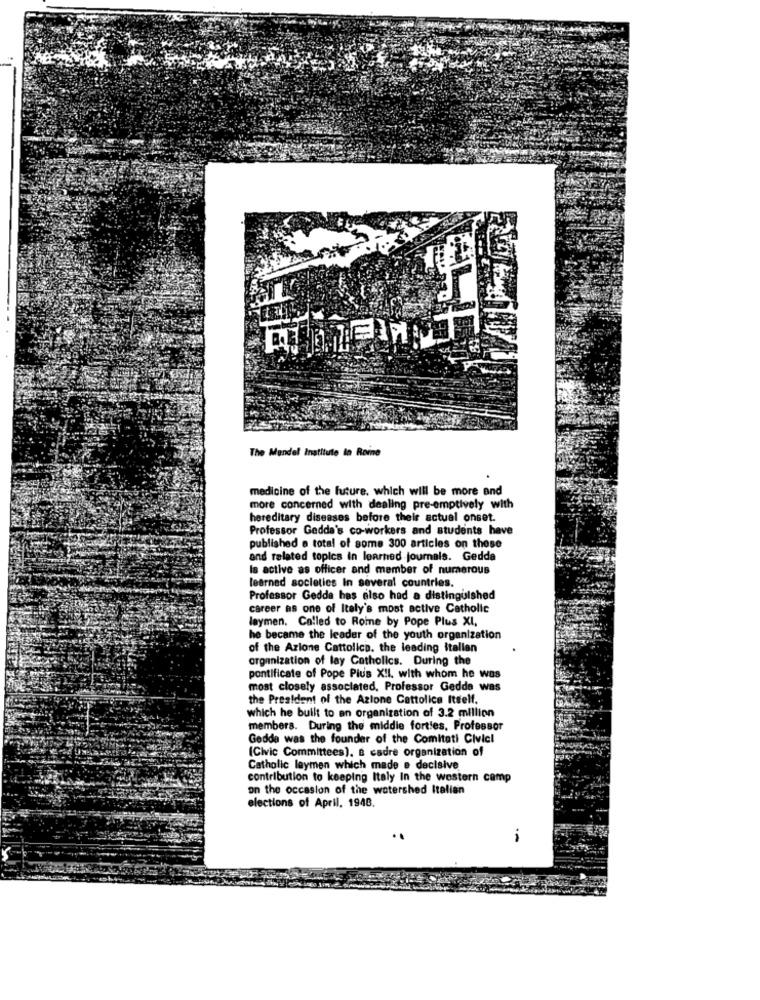
The Mendel Institute in Rome
medicine of the future, which will be more and
more concerned with dealing pre-emptively with
hereditary diseases before their actual onset.
Professor Gedda's co-workers and students have
published a total of some 300 articles on these
and related topics in learned journals. Gedda
Is active as officer and member of numerous
learned societies In several countries.
Professor Gedda has also had a distinguished
career as one of Italy's most active Catholic
laymen. Called to Rome by Pope Plus XI,
he became the leader of the youth organization
of the Azione Cattolica. the leading italian
organization of lay Catholics. During the
pontificate of Pope Pius XII. with whom he was
most closely associated, Professor Gedde was
the President of the Azione Cattolica Itself.
which he built to an organization of 3.2 million
members. During the middle fort!es, Professor
Gedde was the founder of the Comitati Civicl
(Civic Committees). & cadre organization of
Catholic leymen which made e decisive
contribution to keeping Italy In the western camp
on the occasion of the watershed Italian
elections of April, 1948.